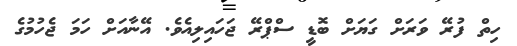
ހިތް ފުރޭ ވަރަށް ގަޔަށް ބޮޑީ ސްޕްރޭ ޖަހައިލިއެވެ. އޭނާއަށް ހަމަ ޖެހުމުގެ